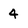
Character: 4